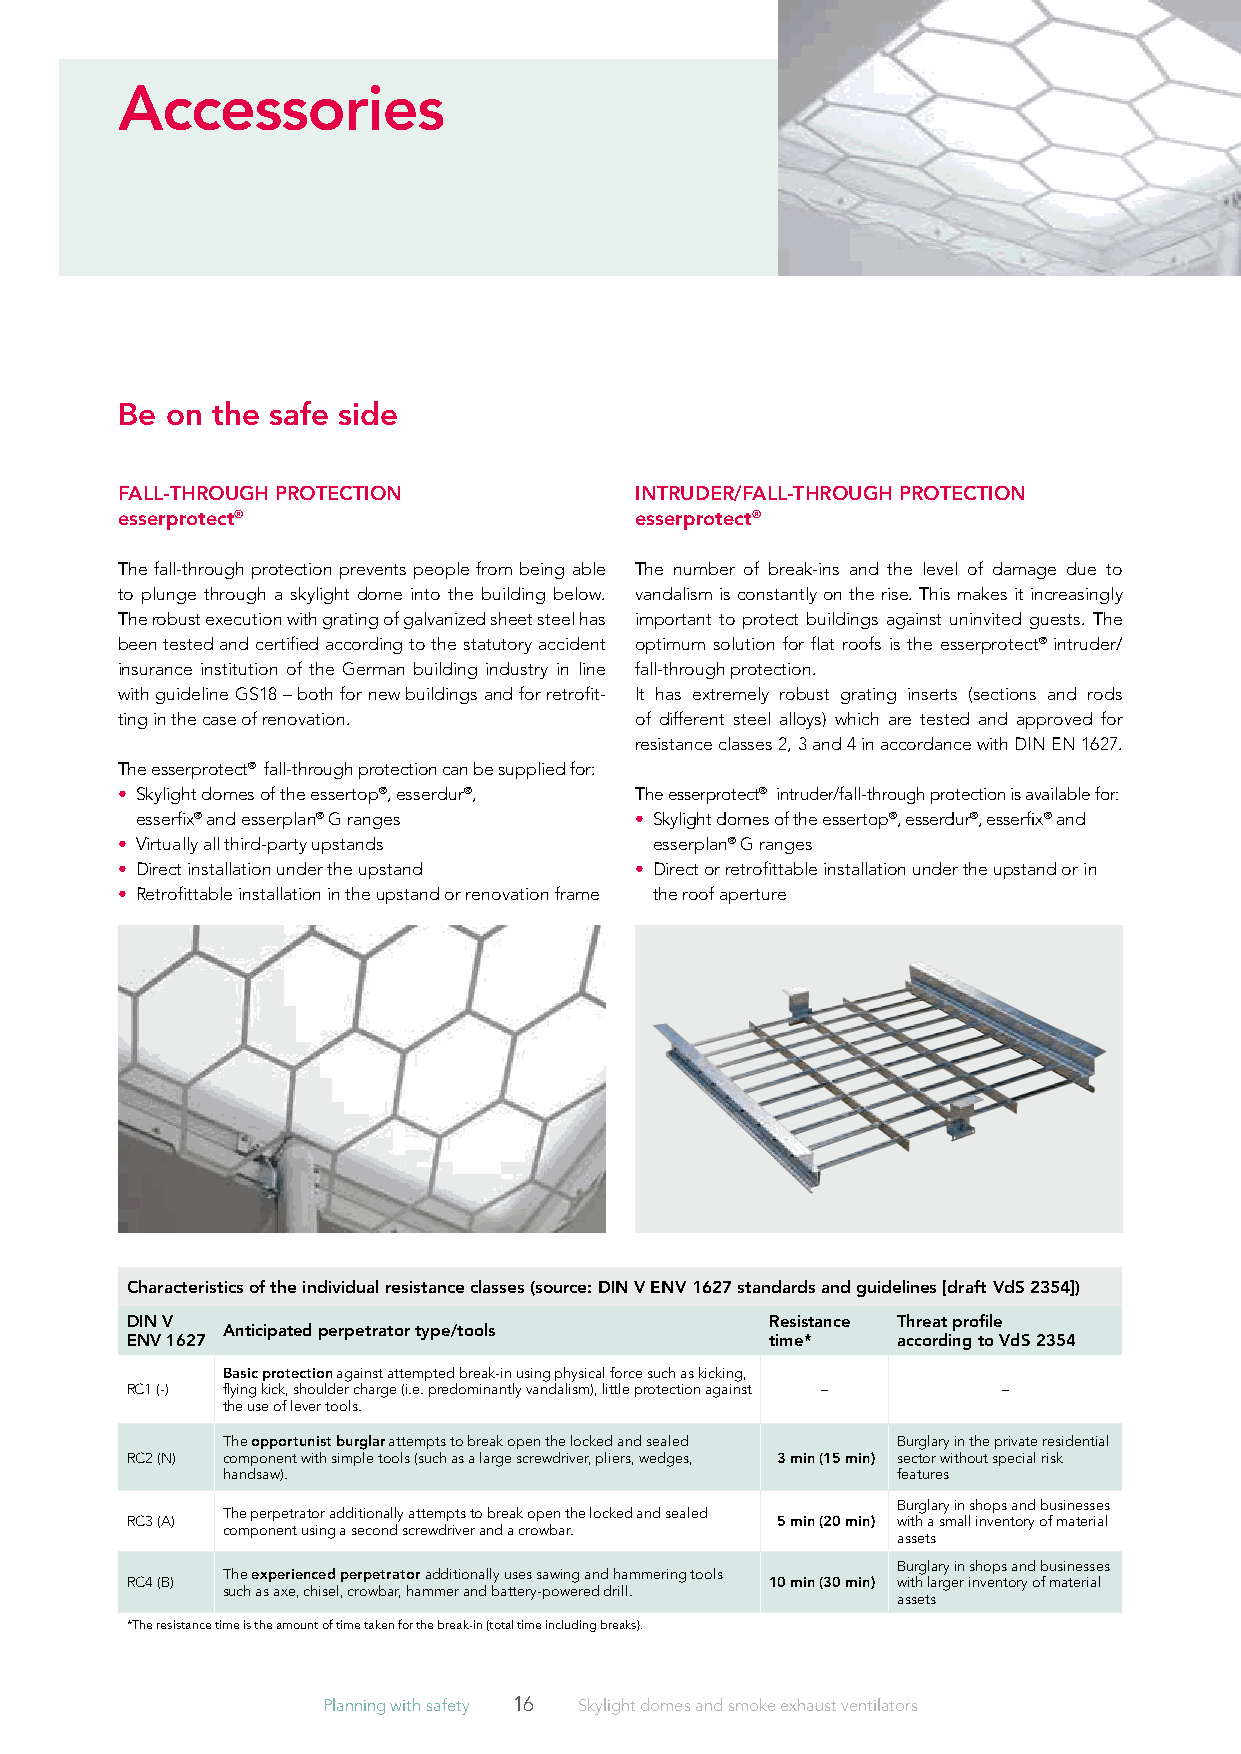
Accessories
 be on the safe side
 fAll-THrOUGH prOTECTiON           iNTrUDEr/fAll-THrOUGH prOTECTiON
 esserprotect®                     esserprotect®
 The fall-through protection prevents people from being able The number of break-ins and the level of damage due to
 to plunge through a skylight dome into the building below. vandalism is constantly on the rise. This makes it increasingly
 The r obust execution with grating of galvanized sheet steel has important to protect buildings against uninvited guests. The
 been tested and certified according to the statutory accident optimum solution for flat roofs is the esserprotect® intruder/
 insurance institution of the German building industry in line fall-through protection.
 with guideline GS18 – both for new buildings and for retrofit- It has extremely robust grating inserts (sections and rods
 ting in the case of renovation.   of different steel alloys) which are tested and approved for
 resistance classes 2, 3 and 4 in accordance with DIN EN 1627.
 The esserprotect® fall-through protection can be supplied for:
 • S kylight domes of the essertop®, esserdur®, The esserprotect® intruder/fall-through protection is available for:
 esserfix® and esserplan® G ranges • S kylight domes of the essertop®, esserdur®, esserfix® and
 • Virtually all third-party upstands esserplan® G ranges
 • Direct installation under the upstand • D irect or retrofittable installation under the upstand or in
 • Retrofittable installation in the upstand or renovation frame the roof aperture
 Characteristics of the individual resistance classes (source: DiN V ENV 1627 standards and guidelines [draft VdS 2354])
 DiN V                                      resistance Threat profile
 Anticipated perpetrator type/tools
 ENV 1627                                   time*   according to VdS 2354
 basic protection against attempted break-in using physical force such as kicking,
 RC1 (-) flying kick, shoulder charge (i.e. predominantly vandalism), little protection against – –
 the use of lever tools.
 The opportunist burglar attempts to break open the locked and sealed Burglary in the private residential
 RC2 (N) component with simple tools (such as a large screwdriver, pliers, wedges, 3 min (15 min) sector without special risk
 handsaw).                                   features
 Burglary in shops and businesses
 The perpetrator additionally attempts to break open the locked and sealed
 RC3 (A)                                    5 min (20 min) with a small inventory of material
 component using a second screwdriver and a crowbar.
 assets
 Burglary in shops and businesses
 The experienced perpetrator additionally uses sawing and hammering tools
 RC4 (B)                                    10 min (30 min) with larger inventory of material
 such as axe, chisel, crowbar, hammer and battery-powered drill.
 assets
 *The resistance time is the amount of time taken for the break-in (total time including breaks).
 Planning with safety 16 Skylight domes and smoke exhaust ventilators